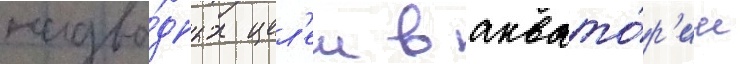
надво́дных цел'еи в аквато́р'ии